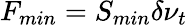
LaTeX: F_{min}=S_{min}\delta\nu_{t}